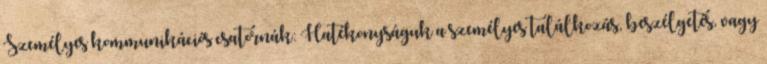
Személyes kommunikációs csatornák: Hatékonyságuk a személyes találkozás, beszélgetés, vagy